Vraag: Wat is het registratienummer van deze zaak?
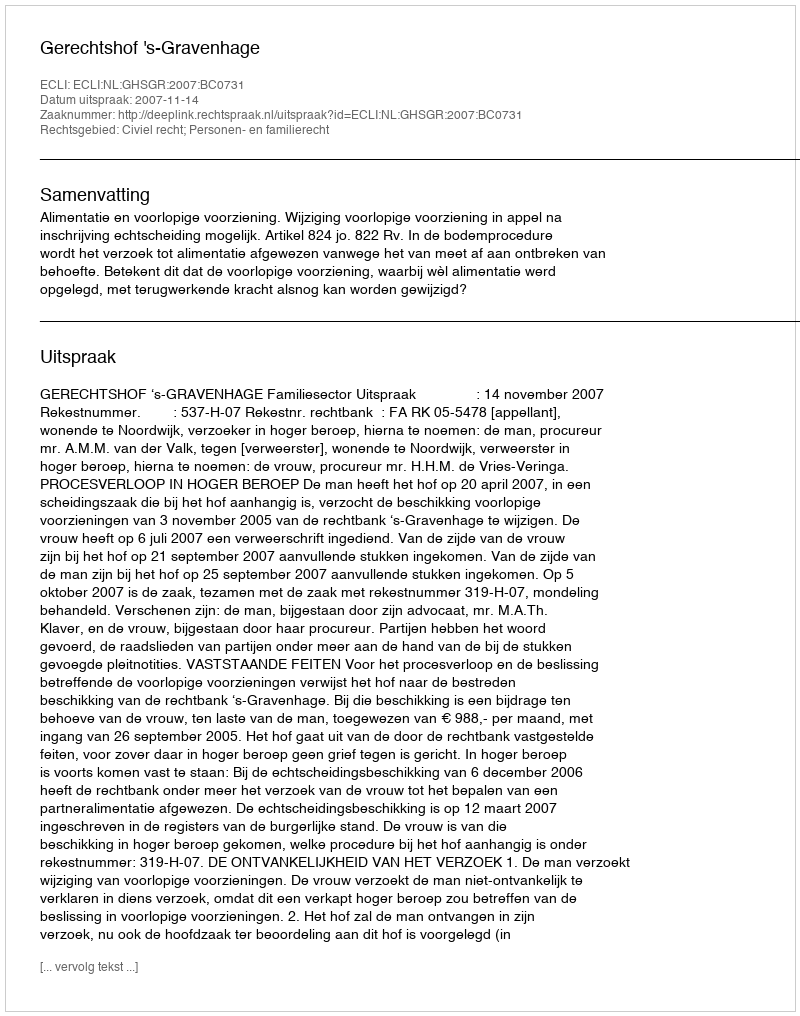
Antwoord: http://deeplink.rechtspraak.nl/uitspraak?id=ECLI:NL:GHSGR:2007:BC0731